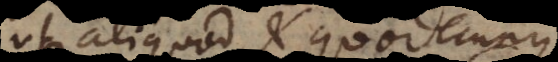
ut aliquod et quodcunque,